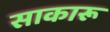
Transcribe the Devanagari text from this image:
साकारू